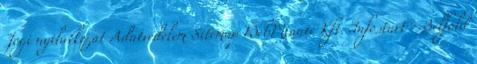
Jogi nyilatkozat Adatvédelem Sitemap WebMinute Kft. Infostart - Belföld